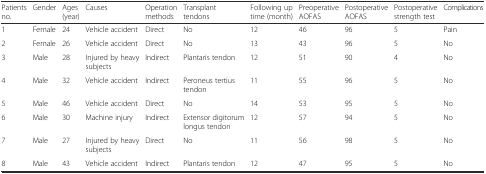
<table><thead><tr><td><b>Patients no.</b></td><td><b>Gender</b></td><td><b>Ages (year)</b></td><td><b>Causes</b></td><td><b>Operation methods</b></td><td><b>Transplant tendons</b></td><td><b>Following up time (month)</b></td><td><b>Preoperative AOFAS</b></td><td><b>Postoperative AOFAS</b></td><td><b>Postoperative strength test</b></td><td><b>Complications</b></td></tr></thead><tbody><tr><td>1</td><td>Female</td><td>24</td><td>Vehicle accident</td><td>Direct</td><td>No</td><td>12</td><td>46</td><td>96</td><td>5</td><td>Pain</td></tr><tr><td>2</td><td>Female</td><td>26</td><td>Vehicle accident</td><td>Direct</td><td>No</td><td>13</td><td>43</td><td>96</td><td>5</td><td>No</td></tr><tr><td>3</td><td>Male</td><td>28</td><td>Injured by heavy subjects</td><td>Indirect</td><td>Plantaris tendon</td><td>12</td><td>51</td><td>90</td><td>4</td><td>No</td></tr><tr><td>4</td><td>Male</td><td>32</td><td>Vehicle accident</td><td>Indirect</td><td>Peroneus tertius tendon</td><td>11</td><td>55</td><td>96</td><td>5</td><td>No</td></tr><tr><td>5</td><td>Male</td><td>46</td><td>Vehicle accident</td><td>Direct</td><td>No</td><td>14</td><td>53</td><td>95</td><td>5</td><td>No</td></tr><tr><td>6</td><td>Male</td><td>30</td><td>Machine injury</td><td>Indirect</td><td>Extensor digitorum longus tendon</td><td>12</td><td>57</td><td>94</td><td>5</td><td>No</td></tr><tr><td>7</td><td>Male</td><td>27</td><td>Injured by heavy subjects</td><td>Direct</td><td>No</td><td>11</td><td>56</td><td>98</td><td>5</td><td>No</td></tr><tr><td>8</td><td>Male</td><td>43</td><td>Vehicle accident</td><td>Indirect</td><td>Plantaris tendon</td><td>12</td><td>47</td><td>95</td><td>5</td><td>No</td></tr></tbody></table>